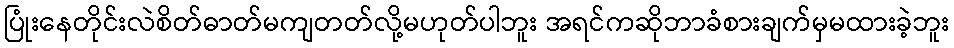
ပြုံးနေတိုင်းလဲစိတ်ဓာတ်မကျတတ်လို့မဟုတ်ပါဘူး အရင်ကဆိုဘာခံစားချက်မှမထားခဲ့ဘူး